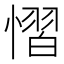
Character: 慴